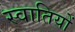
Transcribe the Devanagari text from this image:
स्वातियों